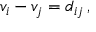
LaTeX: v _ { i } - v _ { j } = d _ { i j } \, ,